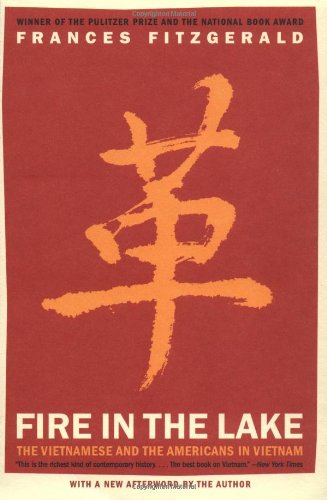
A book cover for Fire in the Lake: The Vietnamese and the Americans in Vietnam; Frances FitzGerald; History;